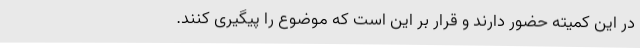
در این کمیته حضور دارند و قرار بر این است که موضوع را پیگیری کنند.